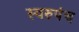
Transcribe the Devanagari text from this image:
स्वरुपंच